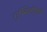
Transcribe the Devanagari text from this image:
गुम्मिडीपूंडी